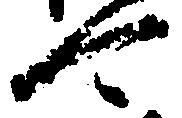
可